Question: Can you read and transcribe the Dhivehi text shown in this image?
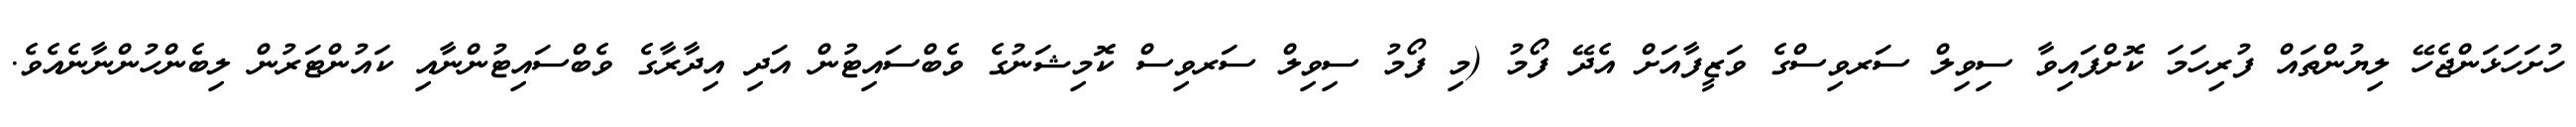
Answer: ހުށަހަޅަންޖެހޭ ލިޔުންތައް ފުރިހަމަ ކޮށްފައިވާ ސިވިލް ސަރވިސްގެ ވަޒީފާއަށް އެދޭ ފޯމު (މި ފޯމު ސިވިލް ސަރވިސް ކޮމިޝަނުގެ ވެބްސައިޓުން އަދި އިދާރާގެ ވެބްސައިޓުންނާއި ކައުންޓަރުން ލިބެންހުންނާނެއެވެ.